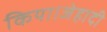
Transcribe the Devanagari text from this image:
किया।जेहादी